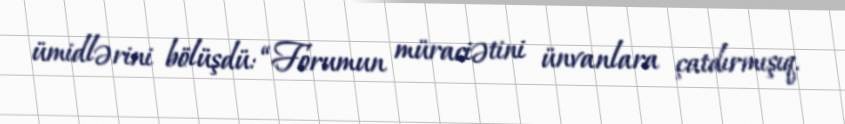
ümidlərini bölüşdü: “Forumun müraciətini ünvanlara çatdırmışıq.